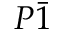
P \bar { 1 }